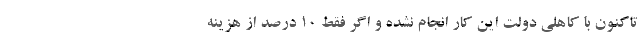
تاکنون با کاهلی دولت این کار انجام نشده و اگر فقط 10 درصد از هزینه